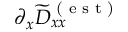
\partial _ { x } \widetilde { D } _ { x x } ^ { \textrm { ( e s t ) } }